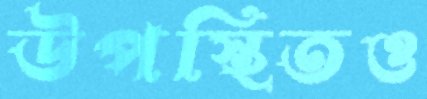
উপস্থিতও